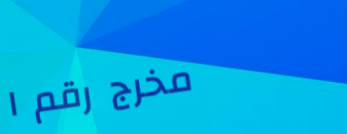
مخرج رقم ١